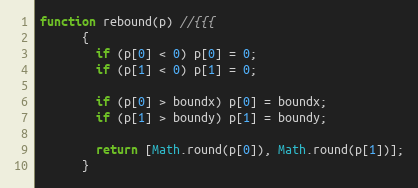
Language: JavaScript
function rebound(p) //{{{
      {
        if (p[0] < 0) p[0] = 0;
        if (p[1] < 0) p[1] = 0;

        if (p[0] > boundx) p[0] = boundx;
        if (p[1] > boundy) p[1] = boundy;

        return [Math.round(p[0]), Math.round(p[1])];
      }